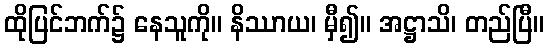
ထိုပြင်ဘက်၌ နေသူကို။ နိဿာယ၊ မှီ၍။ အဋ္ဌာသိ၊ တည်ပြီ။